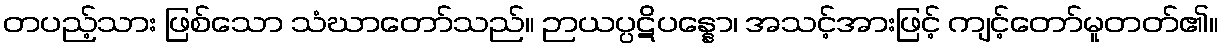
တပည့်သား ဖြစ်သော သံဃာတော်သည်။ ဉာယပ္ပဋိပန္နော၊ အသင့်အားဖြင့် ကျင့်တော်မူတတ်၏။